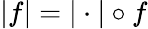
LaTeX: |f|=|\cdot|\circ f